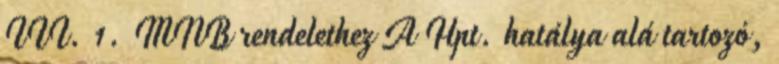
III. 1. MNB rendelethez A Hpt. hatálya alá tartozó,